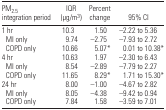
| PM2.5 integration period | IQR (μ g/m3) | Percent change | 95% CI |
 | --- | --- | --- | --- |
 | 1 hr | 10.3 | 1.50 | –2.22 to 5.36 |
 | MI only | 9.74 | –2.75 | –7.93 to 2.72 |
 | COPD only | 10.66 | 5.07* | 0.01 to 10.38* |
 | 4 hr | 10.63 | 1.97 | –2.30 to 6.43 |
 | MI only | 8.54 | –2.89 | –7.79 to 2.27 |
 | COPD only | 11.65 | 8.29* | 1.71 to 15.30* |
 | 24 hr | 8.00 | –1.00 | –4.67 to 2.82 |
 | MI only | 8.05 | –4.38 | –9.42 to 0.94 |
 | COPD only | 7.84 | 1.58 | –3.59 to 7.01 |